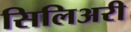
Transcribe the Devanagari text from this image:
सिलिअरी